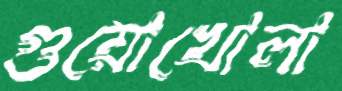
গুয়োখোলা